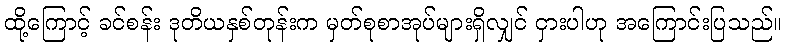
ထို့ကြောင့် ခင်စန်း ဒုတိယနှစ်တုန်းက မှတ်စုစာအုပ်များရှိလျှင် ငှားပါဟု အကြောင်းပြသည်။